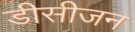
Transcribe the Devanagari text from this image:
डीसीजन